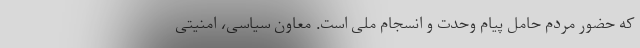
که حضور مردم حامل پیام وحدت و انسجام ملی است. معاون سیاسی، امنیتی